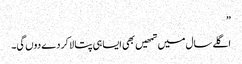
”
اگلے سال میں تمھیں بھی ایسا ہی پتا لا کر دے دوں گی۔